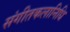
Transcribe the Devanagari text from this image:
संगीतकलानिधि